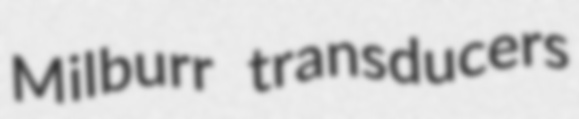
Milburr transducers